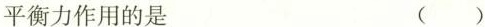
平衡力作用的是 ( )